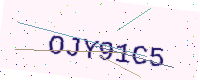
Text: OJY91C5